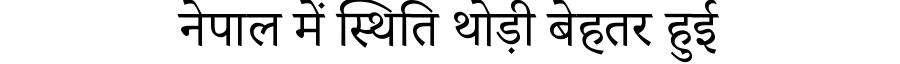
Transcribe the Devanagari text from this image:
नेपाल में स्थिति थोड़ी बेहतर हुई